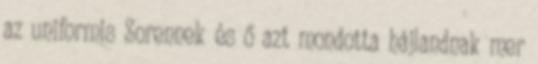
az uniformis Sorennek és ő azt mondotta hájlandnak mer